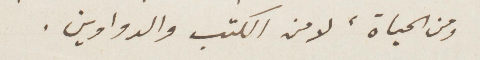
ومن الحياة، لا من الكتب والدواوين.